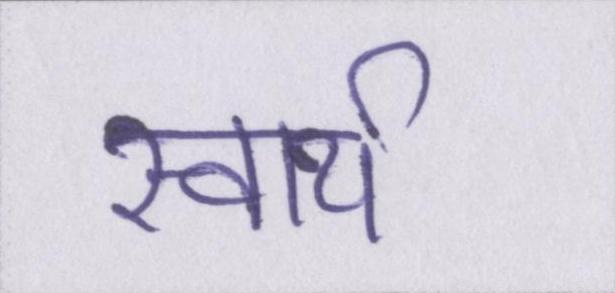
स्वार्थ